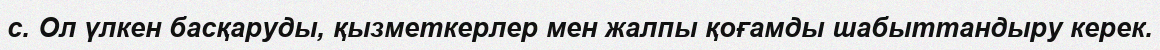
с. Ол үлкен басқаруды, қызметкерлер мен жалпы қоғамды шабыттандыру керек.